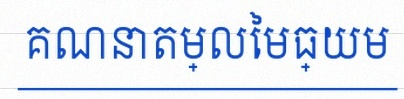
គណនាតម្លៃមធ្យម